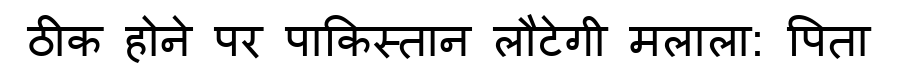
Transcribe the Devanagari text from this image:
ठीक होने पर पाकिस्तान लौटेगी मलाला: पिता